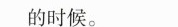
_______的时候。